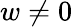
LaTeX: w\neq 0